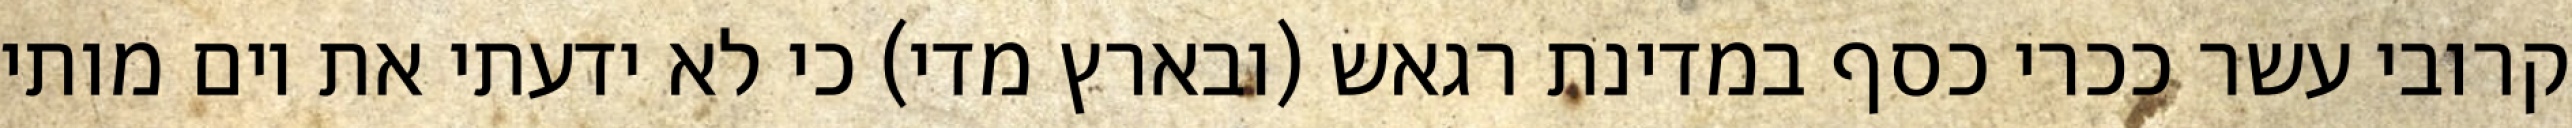
קרובי עשר ככרי כסף במדינת רגאש (ובארץ מדי) כי לא ידעתי את יום מותי